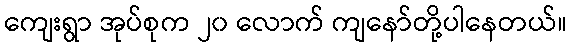
ကျေးရွာ အုပ်စုက ၂၀ လောက် ကျနော်တို့ပါနေတယ်။